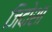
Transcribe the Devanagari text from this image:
जिदोशा